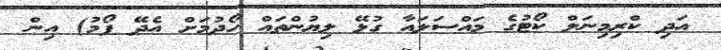
އަދި ކްރިމިނަލް ކޯޓުގެ މައްސަލައާ ގުޅޭ ލިޔުންތައް ހޯދުމަށް އެދޭ ފޯމު) އިން